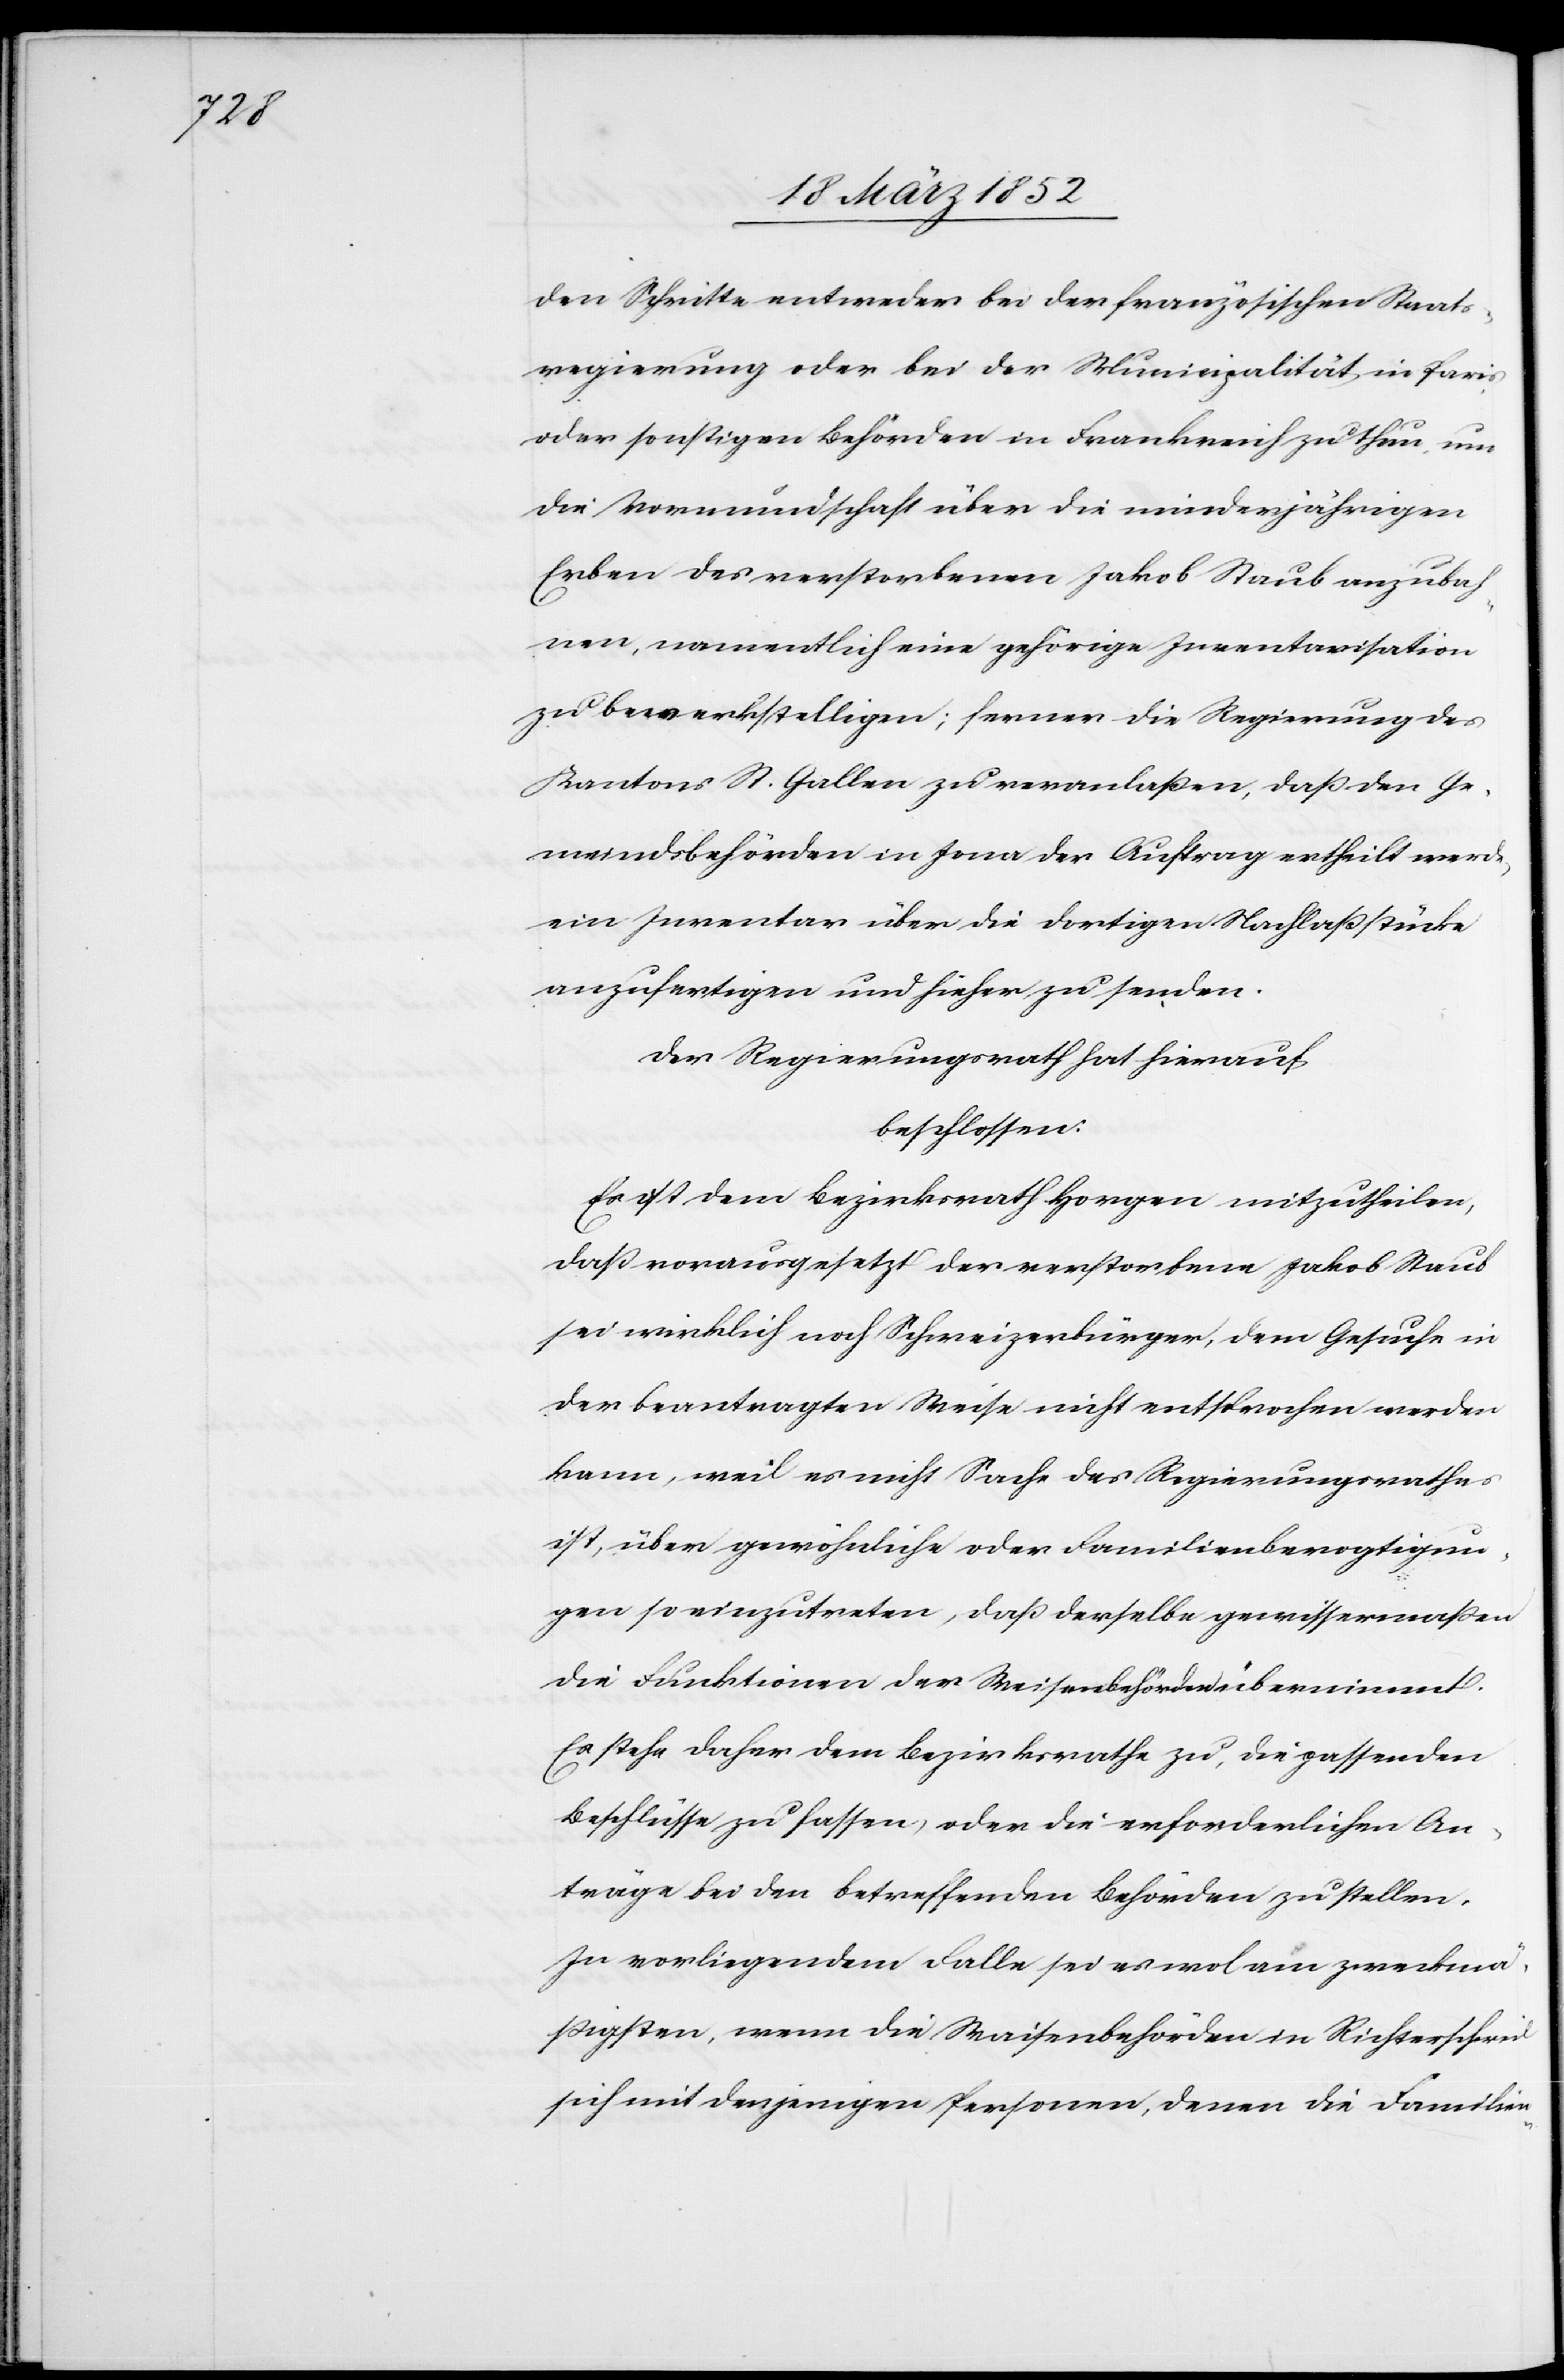
den Schritte entweder bei der französischen Staats¬
regierung oder bei der Munizipalität in Paris
oder sonstigen Behörden in Frankreich zu thun, um
die Vormundschaft über die minderjährigen
Erben des verstorbenen Jakob Staub anzubah¬
nen, namentlich eine gehörige Inventarisation
zu bewerkstelligen; ferner die Regierung des
Kantons St. Gallen zu veranlaßen, daß den Ge¬
meindsbehörden in Jona der Auftrag ertheilt werde,
ein Inventar über die dortigen Nachlaßstücke
anzufertigen und hieher zu senden.
Der Regierungsrath hat hierauf
beschlossen:
Es ist dem Bezirksrath Horgen mitzutheilen,
daß vorausgesetzt der verstorbene Jakob Staub
sei wirklich noch Schweizerbürger, dem Gesuche in
der beantragten Weise nicht entsprochen werden
kann, weil es nicht Sache des Regierungsrathes
ist, über gewöhnliche oder Familienbevogtigun¬
gen so einzutreten, daß derselbe gewissermaßen
die Funktionen der Waisenbehörden übernimmt.
Es stehe daher dem Bezirksrathe zu, die passenden
Beschlüsse zu fassen, oder die erforderlichen An¬
träge bei den betreffenden Behörden zu stellen.
In vorliegendem Falle sei es wol am zweckmä¬
ßigsten, wenn die Waisenbehörden in Richterschweil
sich mit denjenigen Personen, denen die Familien-